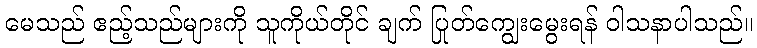
မေသည် ဧည့်သည်များကို သူကိုယ်တိုင် ချက် ပြုတ်ကျွေးမွေးရန် ဝါသနာပါသည်။